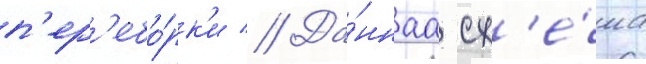
п'ер'ебо́рк'и // Да́ннаа сх'е́ма